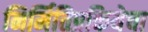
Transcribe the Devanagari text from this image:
निर्मितिप्रकियेचा